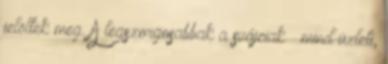
jelöltek meg. A legszorgosabbak a svájciak – mind üzleti,